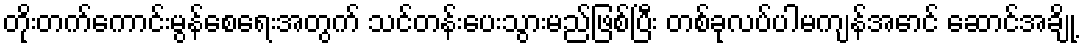
တိုးတက်ကောင်းမွန်စေရေးအတွက် သင်တန်းပေးသွားမည်ဖြစ်ပြီး တစ်ခုလပ်ပါမကျန်အောင် ဆောင်အချို့